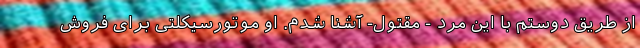
از طریق دوستم با این مرد - مقتول- آشنا شدم. او موتورسیکلتی برای فروش